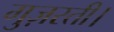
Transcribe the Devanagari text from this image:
गुज़रती।